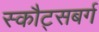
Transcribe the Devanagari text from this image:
स्कौट्सबर्ग